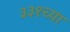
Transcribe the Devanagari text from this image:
३३१च्या